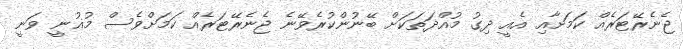
ޖެނެރޭޓަރެއް ކަމަށާއި އެއީ ދިގު މުއްދަތަކަށް ބޭނުންކުރެވޭނެ ޖެނެރޭޓަރެއް ކަމަށްވެސް މުޣުނީ ވަނީ